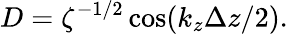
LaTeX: D=\zeta^{-1/2}\cos(k_{z}\Delta z/2).